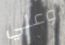
وعلي